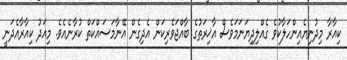
ކިއާރާ މިދުނިޔެއިންހަލާކުވެ ގެއްލިދިޔަނަމަވެސް އާޚިރަތުގެ ބާއްޖަވެރިކަން އެދިގެން އޭނާމަސައްކަތް ކުރާނެއެވެ. މިއަދު ކިއާރާއެދަނީ